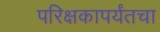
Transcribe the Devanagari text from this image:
परिक्षकापर्यंतचा